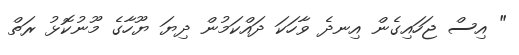
" އިސް ޖަހައިގެން އިނދެ ވާހަކަ ދައްކަމުން ދިޔަ ޔޫހާގެ މޫނުކޮޅު ރަތް